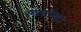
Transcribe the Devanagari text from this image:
स्वप्नंष्टा